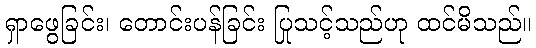
ရှာဖွေခြင်း၊ တောင်းပန်ခြင်း ပြုသင့်သည်ဟု ထင်မိသည်။